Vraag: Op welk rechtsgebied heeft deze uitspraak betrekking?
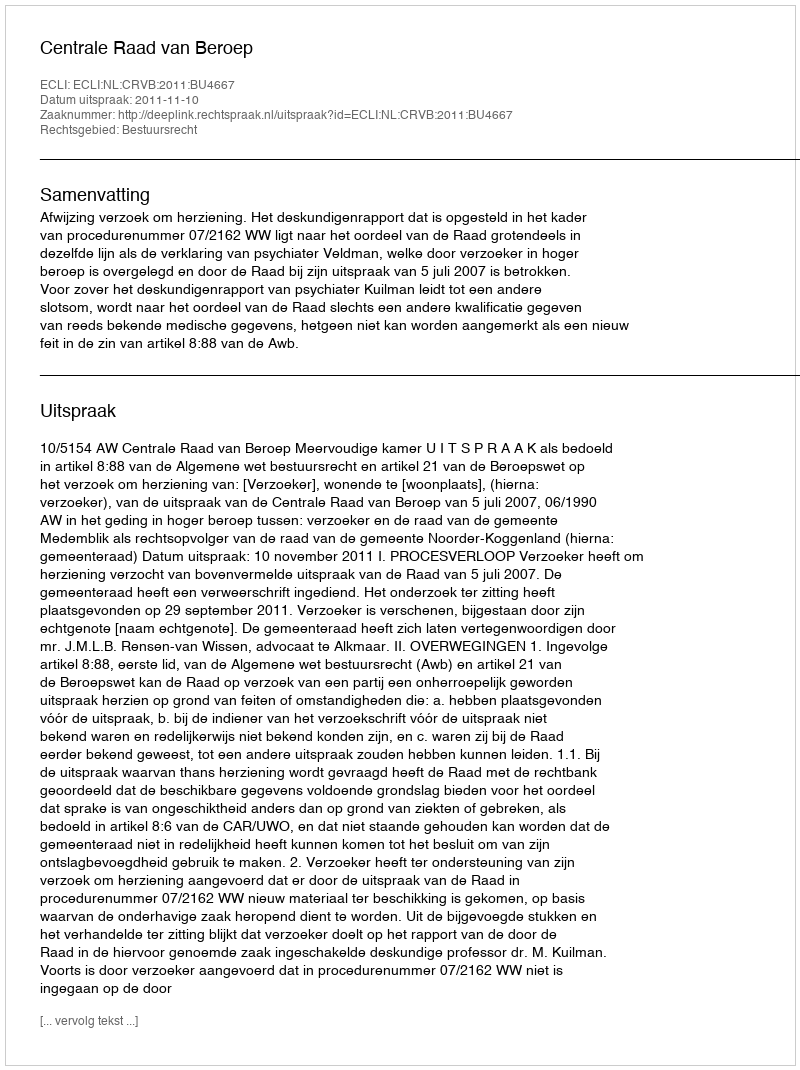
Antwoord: Bestuursrecht